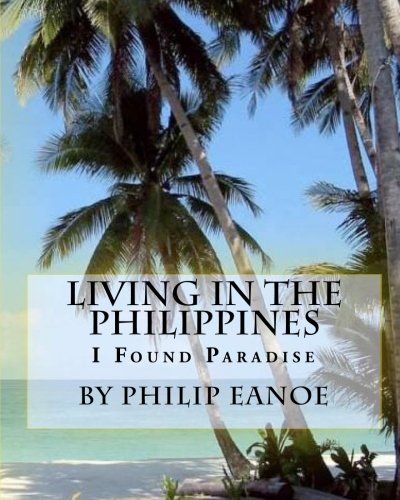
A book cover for Living in The Philippines; Philip Eano; Travel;